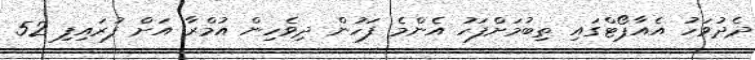
ދެދުވަހު އެއާޕޯޓްގައި ތިބުމަށްފަހު އެންމެ ފަހުން ދިވެހިން އުމްރާ އަށް ފުރައިފި 52